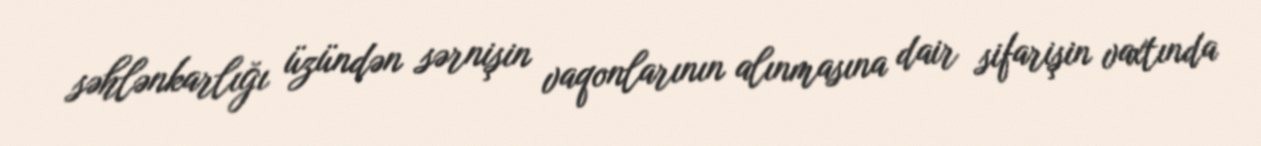
səhlənkarlığı üzündən sərnişin vaqonlarının alınmasına dair sifarişin vaxtında